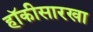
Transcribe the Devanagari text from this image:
हॉकीसारखा